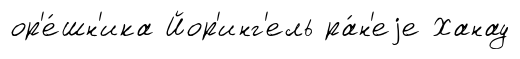
ор'е́шн'ика Йор'инг'ель ра́н'еjе Ханау